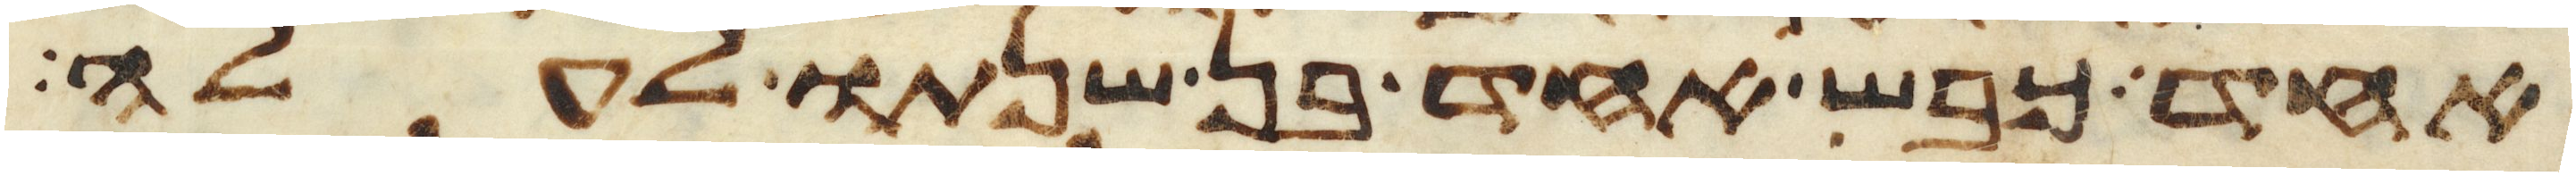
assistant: אחד כבש אחד בן שנתו לעלה